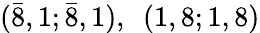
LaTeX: ({\bar{8}},1;{\bar{8}},1),~~(1,8;1,8)